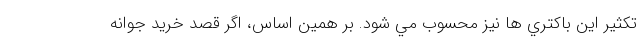
تكثير اين باكتري ها نيز محسوب مي شود. بر همين اساس، اگر قصد خريد جوانه